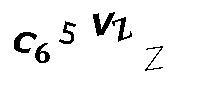
C65VZZ